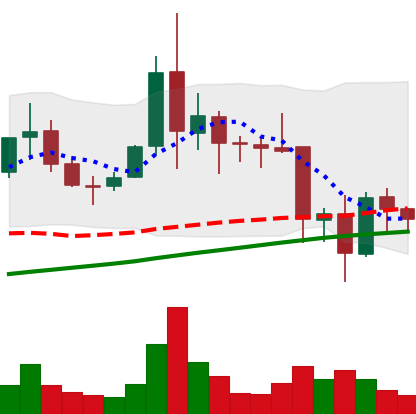
Ticker: XLM-USD
Chart end date: 2021-11-21
Forward return: -4.716%
Label: down_3_5